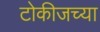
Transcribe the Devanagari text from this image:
टोकीजच्या